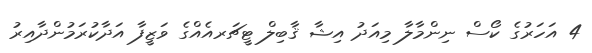
4 އަހަރުގެ ކޯސް ނިންމާލާ މިއަދު އިޝާ ޤާބިލް ޓީޗަރއެއްގެ ވަޒީފާ އަދާކުރަމުންދާއިރު